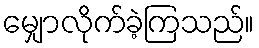
မျှောလိုက်ခဲ့ကြသည်။